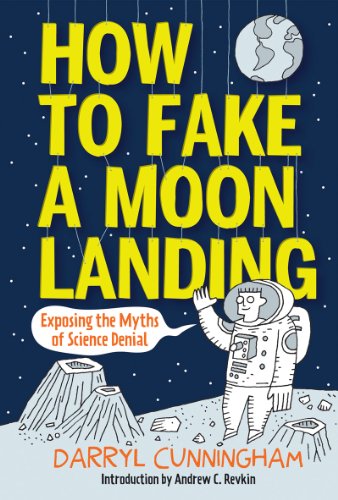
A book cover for How to Fake a Moon Landing: Exposing the Myths of Science Denial; Darryl Cunningham; Comics & Graphic Novels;